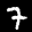
Label: 7